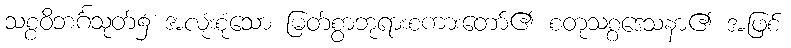
သစ္စဝိဘင်္ဂသုတ်၌ အလုံးစုံသော မြတ်စွာဘုရားစကားတော်၏ စတုသစ္စဒေသနာ၏ အဖြစ်